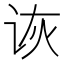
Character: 诙